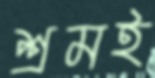
শ্রমই